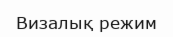
Визалық режим